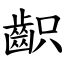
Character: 齞